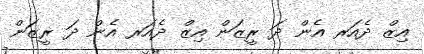
އިޒް ދެއަރ އެން ދަ ރީޒަން އިޒް ދެއަރ އެން ދަ ރީޒަން